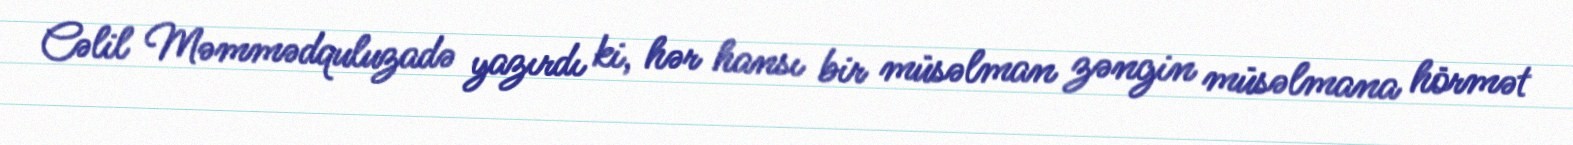
Cəlil Məmmədquluzadə yazırdı ki, hər hansı bir müsəlman zəngin müsəlmana hörmət